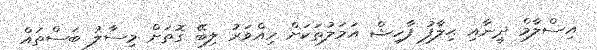
އިސްލާމް ދީނާއި ޙިލާފު ފާހިޝް އަމަލުތަކަށް ހިއްވަރު ލިބޭ ގޮތަށް މިސާލު ބަސްތައް